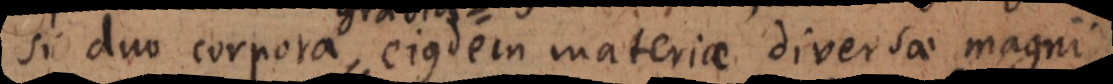
si duo corpora ejusdem materiae diversae magni